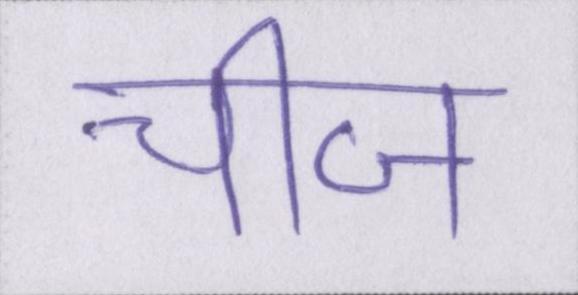
चीज